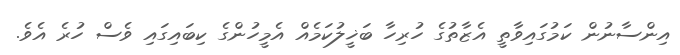
އިންސާނުން ކަމުގައިވާތީ އެޒާތުގެ ހުރިހާ ބަޚީލުކަމެއް އެމީހުންގެ ކިބައިގައި ވެސް ހުރެ އެވެ.